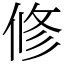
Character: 修